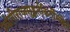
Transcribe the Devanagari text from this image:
ज्योतीराजमुहूर्तकिर्तीमहिते